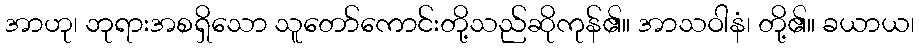
အာဟု၊ ဘုရားအစရှိသော သူတော်ကောင်းတို့သည်ဆိုကုန်၏။ အာသဝါနံ၊ တို့၏။ ခယာယ၊